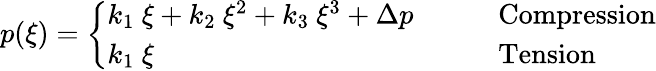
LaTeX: p(\xi)={\left\{ \begin{array}{ll}{k_{1}~\xi+k_{2}~\xi^{2}+k_{3}~\xi^{3}+\Delta p}&{\qquad{\mathrm{Compression}}}\\ {k_{1}~\xi}&{\qquad{\mathrm{Tension}}}\end{array}\right.}